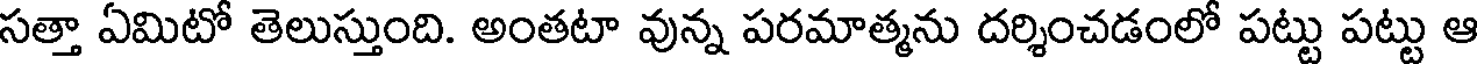
సత్తా ఏమిటో తెలుస్తుంది. అంతటా వున్న పరమాత్మను దర్శించడంలో పట్టు పట్టు ఆ